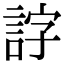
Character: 𧧕